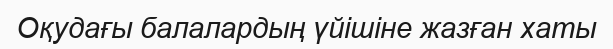
Оқудағы балалардың үйішіне жазған хаты